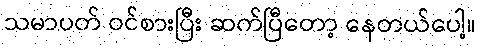
သမာပတ် ဝင်စားပြီး ဆက်ပြီတော့ နေတယ်ပေါ့။